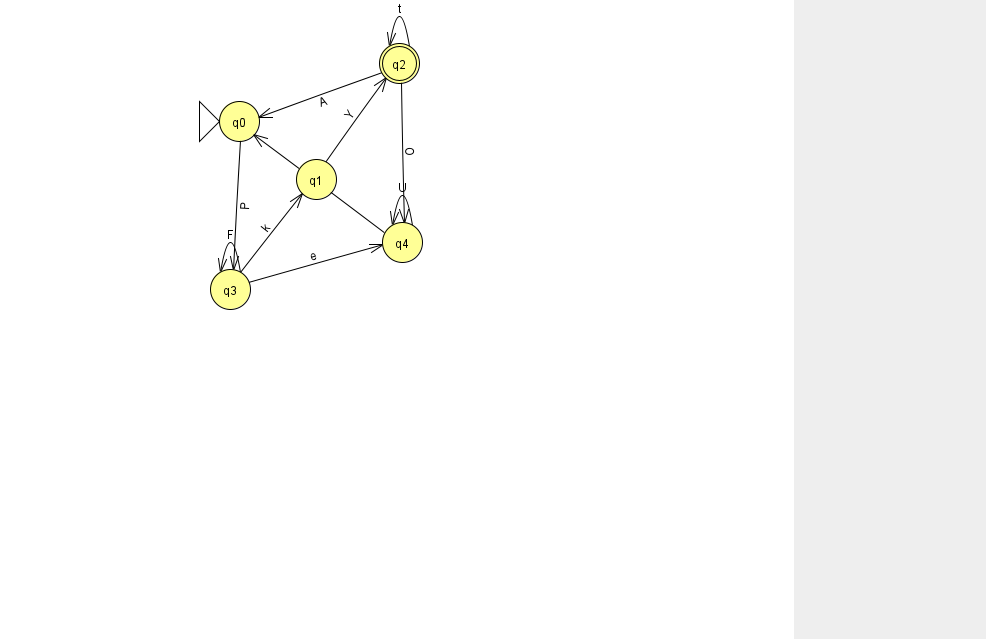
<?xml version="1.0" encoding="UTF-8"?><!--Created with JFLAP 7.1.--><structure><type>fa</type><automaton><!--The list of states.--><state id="0" name="q0"><x>239.0</x><y>108.0</y><initial/></state><state id="1" name="q1"><x>316.0</x><y>166.0</y></state><state id="2" name="q2"><x>399.0</x><y>50.0</y><final/></state><state id="3" name="q3"><x>230.0</x><y>276.0</y></state><state id="4" name="q4"><x>402.0</x><y>229.0</y></state><!--The list of transitions.--><transition><from>1</from><to>2</to><read>Y</read></transition><transition><from>2</from><to>4</to><read>O</read></transition><transition><from>2</from><to>0</to><read>A</read></transition><transition><from>2</from><to>2</to><read>t</read></transition><transition><from>4</from><to>4</to><read>U</read></transition><transition><from>3</from><to>3</to><read>F</read></transition><transition><from>3</from><to>4</to><read>e</read></transition><transition><from>0</from><to>3</to><read>P</read></transition><transition><from>4</from><to>0</to><read>q</read></transition><transition><from>3</from><to>1</to><read>k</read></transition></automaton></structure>